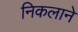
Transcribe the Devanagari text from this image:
निकलाने